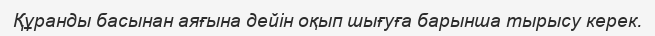
Құранды басынан аяғына дейін оқып шығуға барынша тырысу керек.